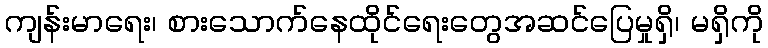
ကျန်းမာရေး၊ စားသောက်နေထိုင်ရေးတွေအဆင်ပြေမှုရှိ၊ မရှိကို